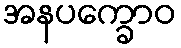
အနပက္ခောဝ